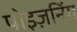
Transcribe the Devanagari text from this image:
पोइज़निंग